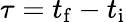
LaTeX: \tau=t_{\mathrm{f}}-t_{\mathrm{i}}